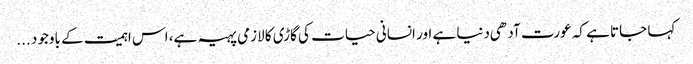
کہا جاتا ہے کہ عورت آدهی دنیا ہے اور انسانی حیات کی گاڑی کا لازمی پہیہ ہے، اس اہمیت کے باوجود ...